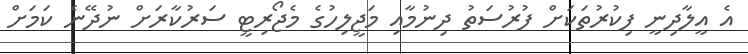
އެ އީލާދިނީ ފިކުރުތަކަށް ފުރުސަތު ދިނުމާއި މަޖީލިހުގެ މެޖޯރިޓީ ސަރުކާރަށް ނުދޭނެ ކަމަށް